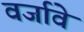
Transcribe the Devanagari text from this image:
वर्जावे